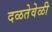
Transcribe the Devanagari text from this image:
दळतेवेळी